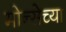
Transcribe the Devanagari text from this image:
मोन्सेच्या